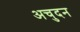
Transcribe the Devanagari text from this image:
अचुदन